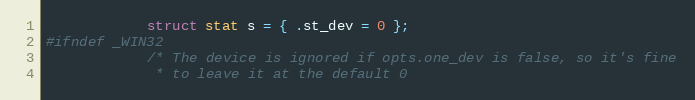
Language: C
            struct stat s = { .st_dev = 0 };
#ifndef _WIN32
            /* The device is ignored if opts.one_dev is false, so it's fine
             * to leave it at the default 0